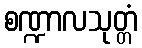
စဏ္ဍာလသုတ္တံ